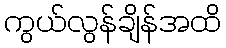
ကွယ်လွန်ချိန်အထိ